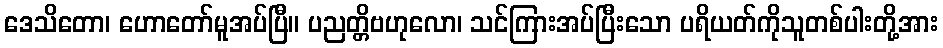
ဒေသိတော၊ ဟောတော်မူအပ်ပြီ။ ပညတ္တိဗဟုလော၊ သင်ကြားအပ်ပြီးသော ပရိယတ်ကိုသူတစ်ပါးတို့အား